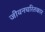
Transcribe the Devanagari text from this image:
जीवनचरितकार